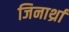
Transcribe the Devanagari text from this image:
जिनार्थ्रा